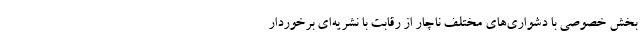
بخش خصوصی با دشواری‌های مختلف ناچار از رقابت با نشریه‌ای برخوردار